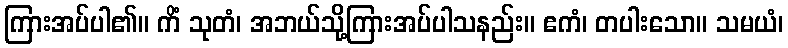
ကြားအပ်ပါ၏။ ကိံ သုတံ၊ အဘယ်သို့ကြားအပ်ပါသနည်း။ ဧကံ၊ တပါးသော။ သမယံ၊